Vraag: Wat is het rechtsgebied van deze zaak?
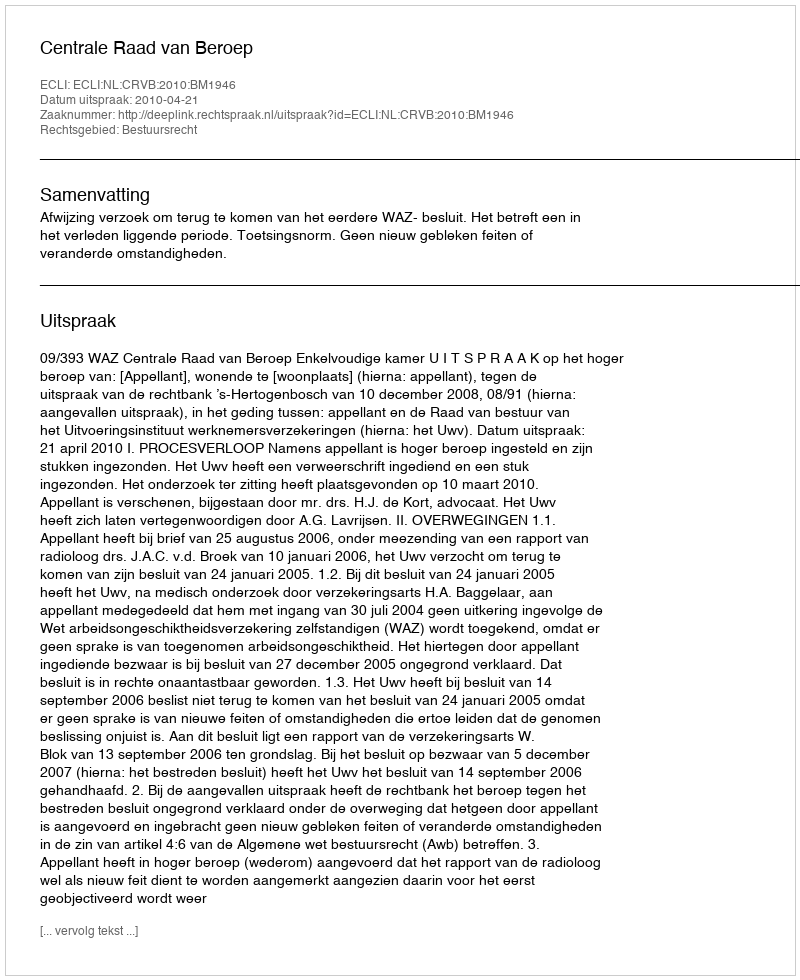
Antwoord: Bestuursrecht